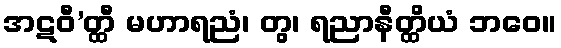
အဋဝီ’တ္ထီ မဟာရညံ၊ တွ၊ ရညာနီတ္ထိယံ ဘဝေ။